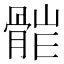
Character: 𩩆